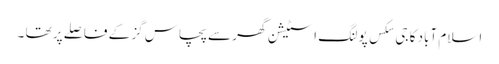
اسلام آباد کا جی سکس پولنگ اسٹیشن گھر سے پچاس گز کے فاصلے پر تھا ۔